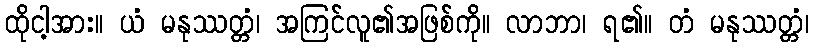
ထိုငါ့အား။ ယံ မနုဿတ္တံ၊ အကြင်လူ၏အဖြစ်ကို။ လာဘာ၊ ရ၏။ တံ မနုဿတ္တံ၊